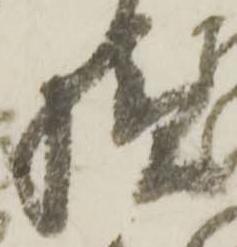
続